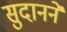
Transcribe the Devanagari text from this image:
सुदानने